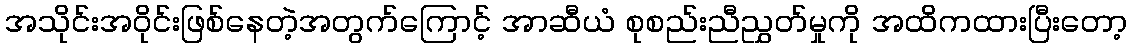
အသိုင်းအဝိုင်းဖြစ်နေတဲ့အတွက်ကြောင့် အာဆီယံ စုစည်းညီညွှတ်မှုကို အထိကထားပြီးတော့